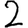
Digit: 2